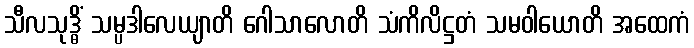
သီလသုဒ္ဓိံ သမ္ပဒါလေယျာတိ ဂေါသာလောတိ သံကိလိဋ္ဌတံ သမဝါယောတိ အထေကံ